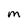
Character: M